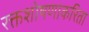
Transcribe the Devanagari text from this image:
रक्तशोषणाकरिता